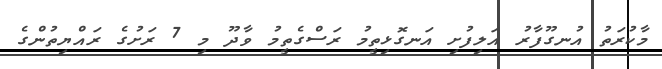
މާކުރަތު އުނގޫފާރު އަލިފުށި އަނގޮޅިތީމު ރަސްގެތީމު ވާދޫ މި 7 ރަށުގެ ރައްޔިތުންގެ